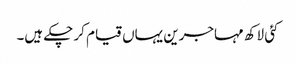
کئی لاکھ مہاجرین یہاں قیام کر چکے ہیں۔